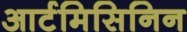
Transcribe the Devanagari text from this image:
आर्टमिसिनिन